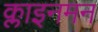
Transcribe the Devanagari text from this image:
क्लाइनमन